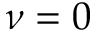
\nu = 0